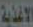
الاغذية